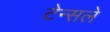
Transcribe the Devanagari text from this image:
टेन्सले